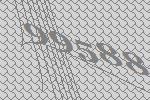
99588